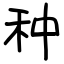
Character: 种